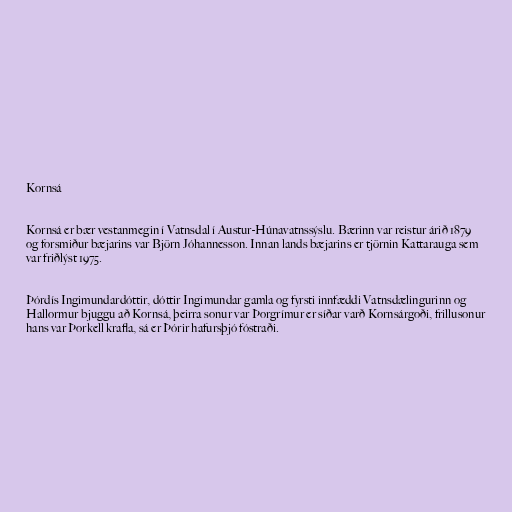
Kornsá

Kornsá er bær vestanmegin í Vatnsdal í Austur-Húnavatnssýslu. Bærinn var reistur árið 1879
og forsmiður bæjarins var Björn Jóhannesson. Innan lands bæjarins er tjörnin Kattarauga sem
var friðlýst 1975.

Þórdís Ingimundardóttir, dóttir Ingimundar gamla og fyrsti innfæddi Vatnsdælingurinn og
Hallormur bjuggu að Kornsá, þeirra sonur var Þorgrímur er síðar varð Kornsárgoði, frillusonur
hans var Þorkell krafla, sá er Þórir hafursþjó fóstraði.